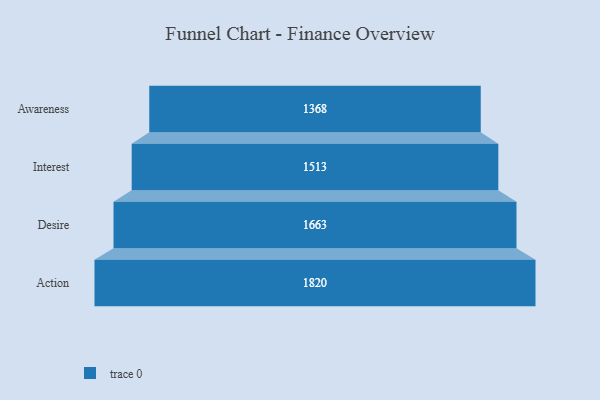
{"axis": {"x": "Stage", "y": "Value"}, "legend": [""], "data": [{"x": "Awareness", "y": 1368.0, "type": ""}, {"x": "Interest", "y": 1513.0, "type": ""}, {"x": "Desire", "y": 1663.0, "type": ""}, {"x": "Action", "y": 1820.0, "type": ""}]}